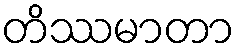
တိဿမာတာ